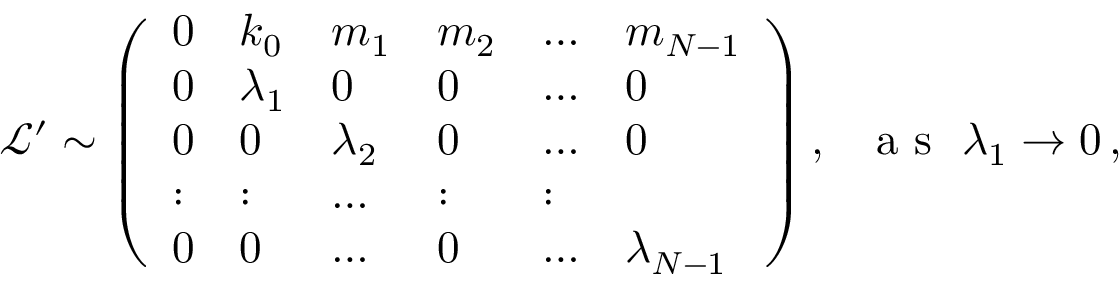
\begin{array} { r } { \ \mathcal { L } ^ { \prime } \sim \left( \begin{array} { l l l l l l } { 0 } & { k _ { 0 } } & { m _ { 1 } } & { m _ { 2 } } & { \dots } & { m _ { N - 1 } } \\ { 0 } & { \lambda _ { 1 } } & { 0 } & { 0 } & { \dots } & { 0 } \\ { 0 } & { 0 } & { \lambda _ { 2 } } & { 0 } & { \dots } & { 0 } \\ { : } & { : } & { \dots } & { : } & { : } \\ { 0 } & { 0 } & { \dots } & { 0 } & { \dots } & { \lambda _ { N - 1 } } \end{array} \right) , ~ ~ \mathrm { ~ a ~ s ~ } ~ \lambda _ { 1 } \rightarrow 0 \, , } \end{array}